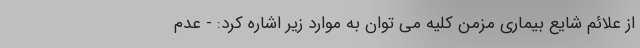
از علائم شایع بیماری مزمن کلیه می توان به موارد زیر اشاره کرد: - عدم